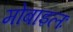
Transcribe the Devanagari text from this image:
मोबाइलः